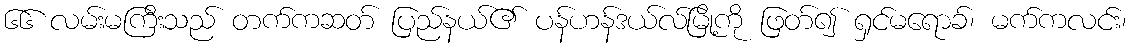
၆၆ လမ်းမကြီးသည် တက်ကဆတ် ပြည်နယ်၏ ပန်ဟန်ဒယ်လ်မြို့ကို ဖြတ်၍ ရှင်မရောခ်၊ မက်ကလင်း၊